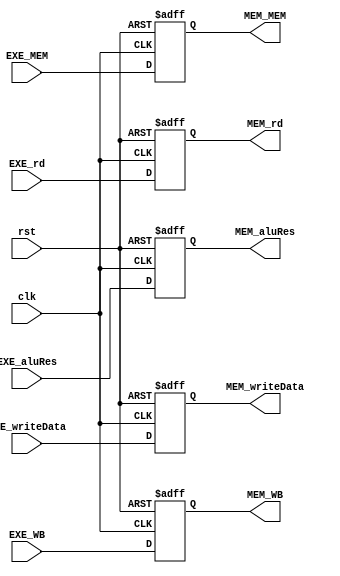
`timescale 1ps/1ps
module EXE_MEMReg (
       clk,
       rst,
       EXE_MEM,
       EXE_WB,
       EXE_rd,       
       EXE_aluRes,
       EXE_writeData,
       MEM_MEM,
       MEM_WB,
       MEM_rd,
       MEM_aluRes,
       MEM_writeData
       );
    
    input clk,
          rst;
    input [1:0] EXE_MEM,
                EXE_WB;
    input [4:0] EXE_rd;               
    input [31:0] EXE_aluRes,
                 EXE_writeData;
    
    output reg [1:0] MEM_MEM,
                     MEM_WB;
    output reg [4:0] MEM_rd;
    output reg [31:0] MEM_aluRes,
                      MEM_writeData;

    always @(posedge clk, posedge rst) begin
        if (rst) begin
            MEM_MEM <= 2'b0;
            MEM_WB  <= 2'b0;
            MEM_rd  <= 5'b0;
            MEM_aluRes <= 32'b0;
            MEM_writeData <= 32'b0;
        end
        else begin
            MEM_MEM <= EXE_MEM;
            MEM_WB  <= EXE_WB;
            MEM_rd  <= EXE_rd;
            MEM_aluRes <= EXE_aluRes;
            MEM_writeData <= EXE_writeData;
        end
    end
endmodule